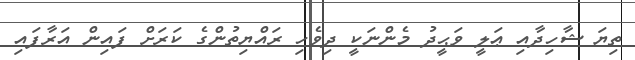
ތިޔަ ޝާހިދާއި ޢަލީ ވަޙީދު މެންނަކީ ދިވެހި ރައްޔިތުންގެ ކަރަށް ފައިން އަރާފައި